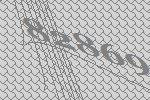
82869